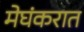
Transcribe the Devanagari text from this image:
मेघंकरात